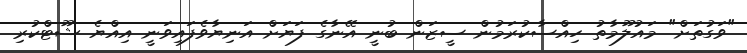
"ވަގުތަށް" މައުލޫމާތު ހިއްސާކުރަމުން ސީޒަން ބުނީ އޭނާގެ ފަޔަށް އަނިޔާވެފައިވަނީ އިއްޔެ ޝޫޓްކުރި